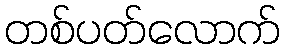
တစ်ပတ်လောက်